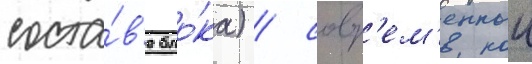
соста́в'е бло́ка) / совр'ем'еннои